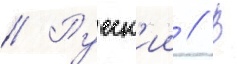
// Русск'ии // В